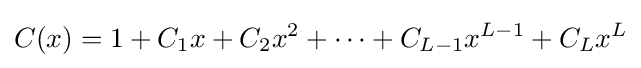
C(x)=1+C_{1}x+C_{2}x^{2}+\cdots +C_{L-1}x^{L-1}+C_{L}x^{L}